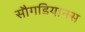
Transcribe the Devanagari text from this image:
सौगडियानस